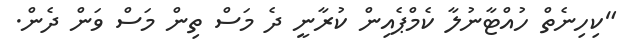
"ކިހިނެތް ހުއްޓާނުލާ ކެމްޕެއިން ކުރާނީ ދެ މަސް ތިން މަސް ވަން ދެން.